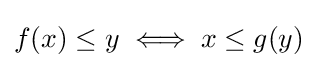
f(x)\leq y\iff x\leq g(y)